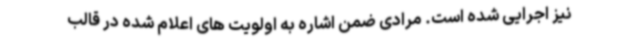
نیز اجرایی شده است. مرادی ضمن اشاره به اولویت های اعلام شده در قالب